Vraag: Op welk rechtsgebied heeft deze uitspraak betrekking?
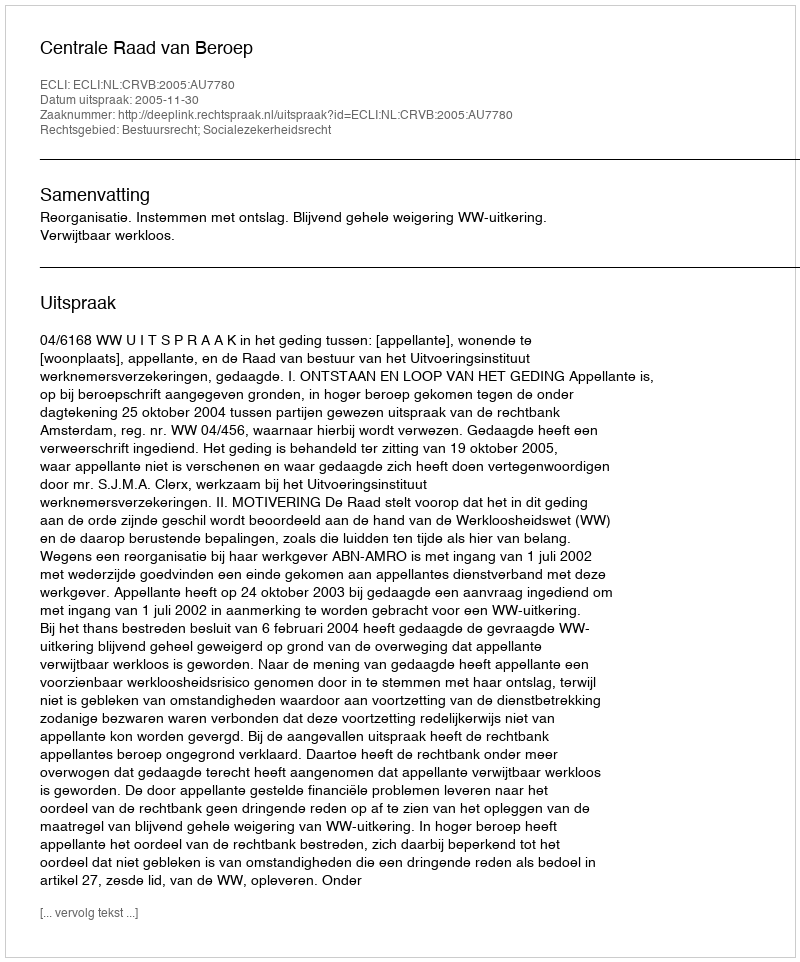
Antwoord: Bestuursrecht; Socialezekerheidsrecht